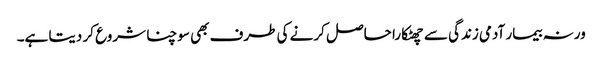
ورنہ بیمار آدمی زندگی سے چھٹکارا حاصل کرنے کی طرف بھی سوچنا شروع کر دیتا ہے۔